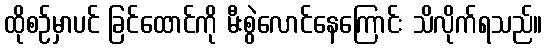
ထိုစဉ်မှာပင် ခြင်ထောင်ကို မီးစွဲလောင်နေကြောင်း သိလိုက်ရသည်။